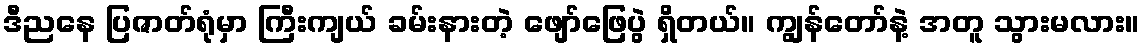
ဒီညနေ ပြဇာတ်ရုံမှာ ကြီးကျယ် ခမ်းနားတဲ့ ဖျော်ဖြေပွဲ ရှိတယ်။ ကျွန်တော်နဲ့ အတူ သွားမလား။